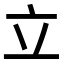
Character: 立